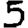
Digit: 5